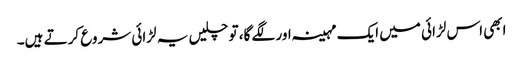
ابھی اس لڑائی میں ایک مہینہ اور لگے گا، تو چلیں یہ لڑائی شروع کرتے ہیں۔